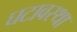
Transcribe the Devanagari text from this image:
घटावस्था